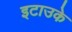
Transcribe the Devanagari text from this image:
इटाउके